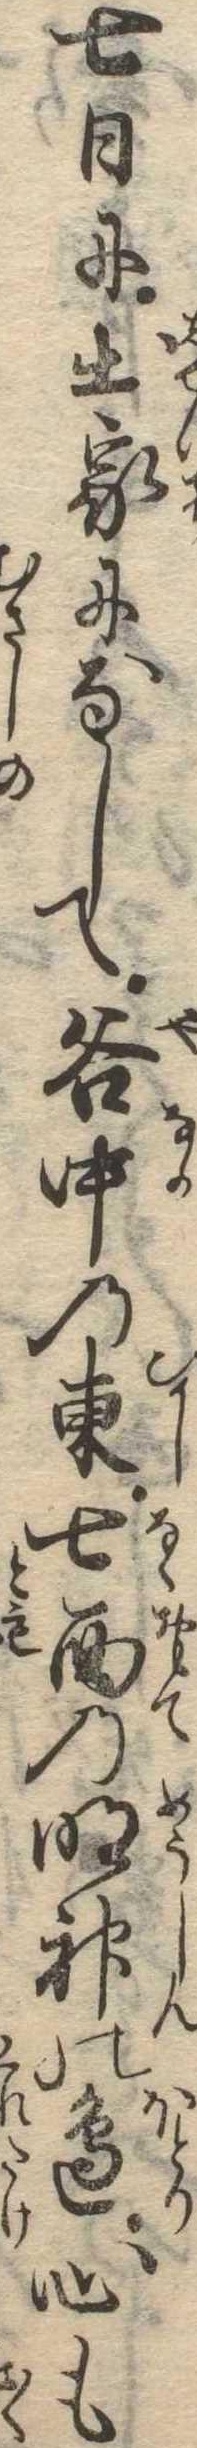
七日に出家になして谷中の東七面の明神の辺心も